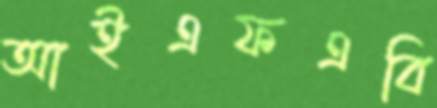
আইএফএবি